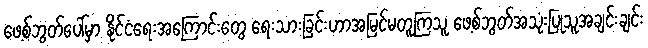
ဖေ့စ်ဘွတ်ပေါ်မှာ နိုင်ငံရေးအကြောင်းတွေ ရေးသားခြင်းဟာအမြင်မတူကြသူ ဖေ့စ်ဘွတ်အသုံးပြုသူအချင်းချင်း